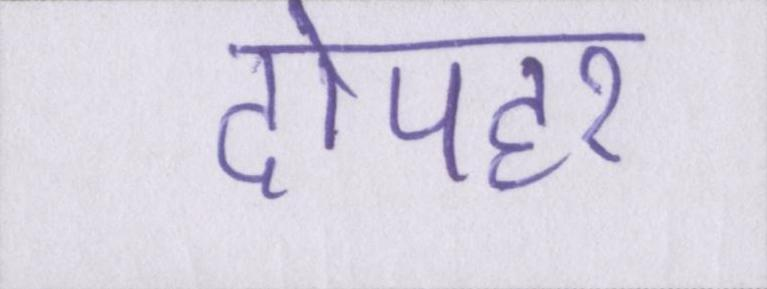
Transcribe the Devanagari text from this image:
दोपहर